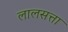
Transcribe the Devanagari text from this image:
लालसत्ता